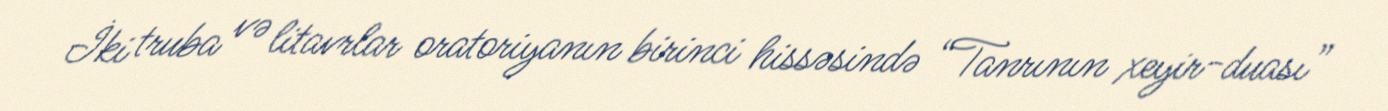
İki truba və litavrlar oratoriyanın birinci hissəsində “Tanrının xeyir-duası”